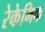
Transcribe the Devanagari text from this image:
रेकेमिक